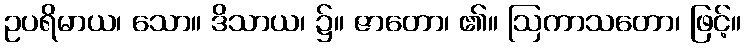
ဥပရိမာယ၊ သော။ ဒိသာယ၊ ၌။ ဇာတော၊ ၏။ ဩကာသတော၊ ဖြင့်။